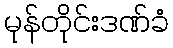
မုန်တိုင်းဒဏ်ခံ